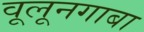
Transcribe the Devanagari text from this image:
वूलूनगाबा